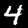
Label: 4